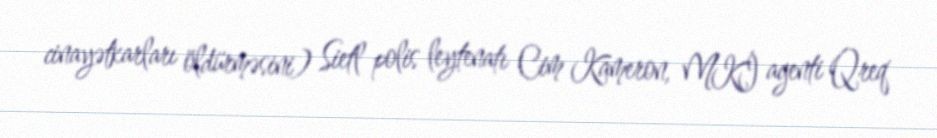
cinayətkarları öldürməsini) Sietl polis leytenatı Cim Kameron, MKİ agenti Qreq